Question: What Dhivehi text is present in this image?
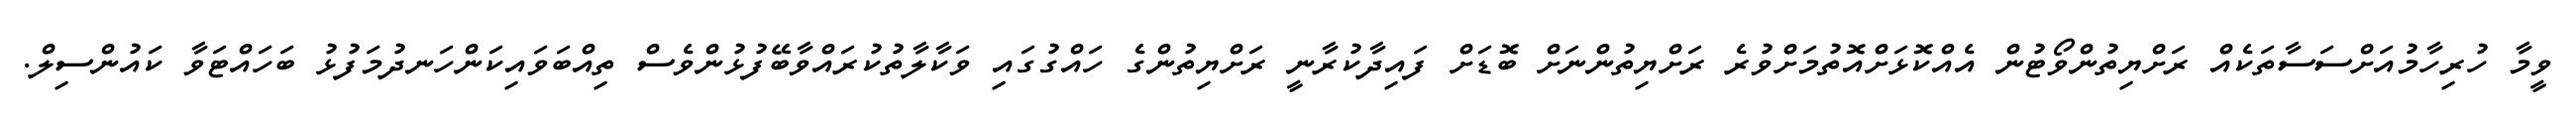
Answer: ވީމާ ހުރިހާމުއަށްސަސާތަކެއް ރަށްޔިތުންވޯޓުން އެއްކޮޅަށްއޮތުމަށްވުރެ ރަށްޔިތުންނަށް ބޮޑަށް ފައިދާކުރާނީ ރަށްޔިތުންގެ ހައްގުގައި ވަކާލާތުކުރައްވާބޭފުޅުންވެސް ތިއްބަވައިކަންހަނދުމަފުޅު ބަހައްޓަވާ ކައުންސިލް.